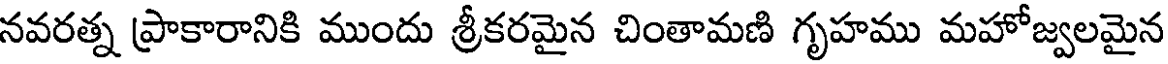
నవరత్న ప్రాకారానికి ముందు శ్రీకరమైన చింతామణి గృహము మహోజ్వలమైన